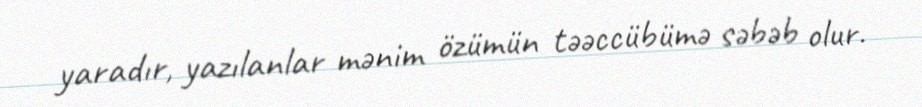
yaradır, yazılanlar mənim özümün təəccübümə səbəb olur.